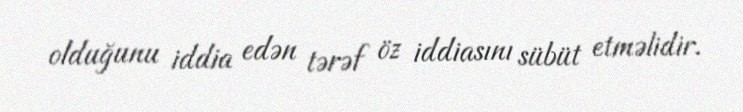
olduğunu iddia edən tərəf öz iddiasını sübüt etməlidir.